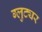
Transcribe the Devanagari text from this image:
ग्लुट्यर